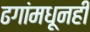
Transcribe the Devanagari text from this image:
ढगांमधूनही